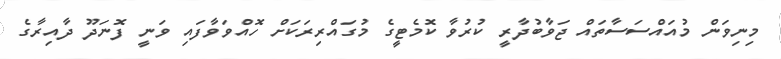
މިނިވަން މުއައްސަސާތައް ޖަވާބުދާރީ ކުރުވާ ކޮމެޓީގެ މުގައްރިރަކަށް ހޮއްވަވާފައި ވަނީ ފޮނަދޫ ދާއިރާގެ